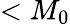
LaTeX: <M_{0}